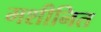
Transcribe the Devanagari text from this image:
मशीनित